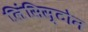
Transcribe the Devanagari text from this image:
लिंसिस्टोन